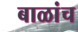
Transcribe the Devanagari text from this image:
बाळांच